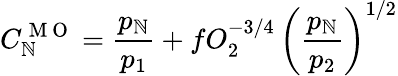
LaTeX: C_{\mathbb{N}}^{\mathrm{{~M~O~}}}=\frac{{p_{\mathbb{N}}}}{{p_{1}}}+fO_{2}^{-3/4}\, \left(\frac{{p_{\mathbb{N}}}}{{p_{2}}}\right)^{1/2}